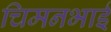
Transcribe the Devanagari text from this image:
चिमनभाई